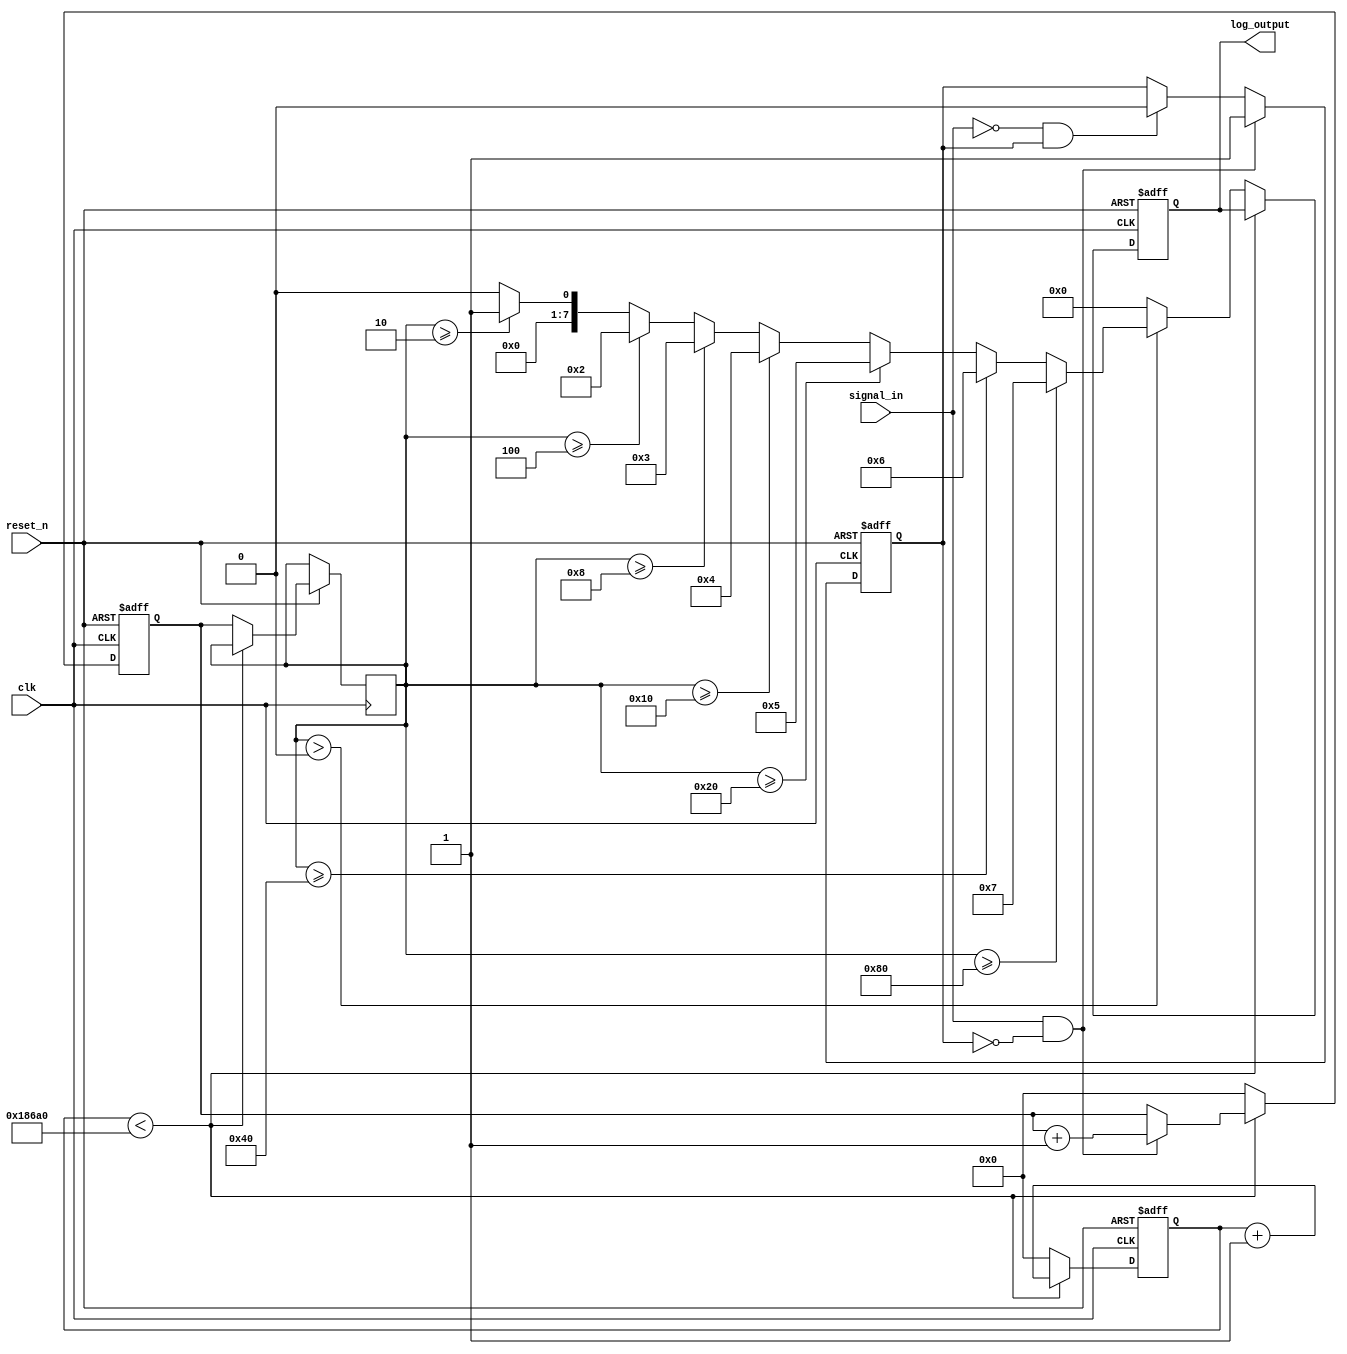
module LogarithmicFrequencyDetector (
    input wire clk,                // Main clock
    input wire reset_n,            // Active low reset
    input wire signal_in,          // Input signal to be measured
    output reg [7:0] log_output    // 8-bit logarithmic output
);

    parameter TIME_WINDOW = 100_000; // Time window in clock cycles for measuring frequency
    parameter MAX_FREQ = 100_000;     // Maximum frequency detectable
    parameter LOG_BASE = 2;            // Base for logarithm computation

    // State declarations
    reg [31:0] count;                 // Frequency cycle count
    reg [31:0] timer;                 // Timer for measuring over TIME_WINDOW
    reg edge_detected;                // Edge detection flag
    reg [31:0] frequency;             // Measured frequency

    // Edge detection and counting frequency cycles
    always @(posedge clk or negedge reset_n) begin
        if (!reset_n) begin
            count <= 0;
            timer <= 0;
            log_output <= 0;
            edge_detected <= 0;
        end else begin
            if (signal_in && !edge_detected) begin
                edge_detected <= 1;
                count <= count + 1;
            end else if (!signal_in && edge_detected) begin
                edge_detected <= 0;
            end

            // Timer logic
            if (timer < TIME_WINDOW) begin
                timer <= timer + 1;
            end else begin
                // Calculate frequency
                frequency <= count; // frequency = count over TIME_WINDOW
                count <= 0; // Reset count for the next measurement
                timer <= 0; // Reset timer

                // Logarithmic computation
                log_output <= compute_log(frequency);
            end
        end
    end

    // Logarithm computation function (simple base-2 approximation for frequency)
    function [7:0] compute_log;
        input [31:0] freq;
        integer i;
        begin
            compute_log = 0;
            if (freq > 0) begin
                for (i = 0; i < 8; i = i + 1) begin
                    if (freq >= (LOG_BASE ** i))
                        compute_log = i;
                end
            end else begin
                compute_log = 0; // Logarithm undefined for zero frequency
            end
        end
    endfunction

endmodule